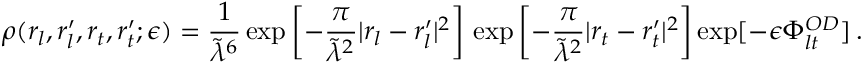
\rho ( r _ { l } , r _ { l } ^ { \prime } , r _ { t } , r _ { t } ^ { \prime } ; \epsilon ) = \frac { 1 } { \tilde { \lambda } ^ { 6 } } \exp \left[ - \frac { \pi } { \tilde { \lambda } ^ { 2 } } | r _ { l } - r _ { l } ^ { \prime } | ^ { 2 } \right] \, \exp \left[ - \frac { \pi } { \tilde { \lambda } ^ { 2 } } | r _ { t } - r _ { t } ^ { \prime } | ^ { 2 } \right] \exp [ - \epsilon \Phi _ { l t } ^ { O D } ] \, .